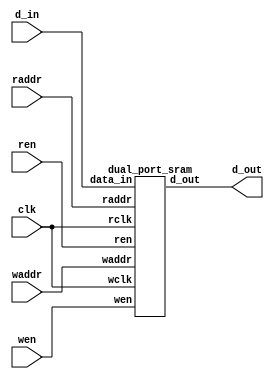
// This program was cloned from: https://github.com/lnis-uofu/OpenFPGA
// License: MIT License

module dpram (
	input clk,
	input wen,
	input ren,
	input[9:0] waddr,
	input[9:0] raddr,
	input[31:0] d_in,
	output[31:0] d_out );

		dual_port_sram memory_0 (
			.wclk		(clk),
			.wen		(wen),
			.waddr		(waddr),
			.data_in	(d_in),
			.rclk		(clk),
			.ren		(ren),
			.raddr		(raddr),
			.d_out		(d_out) );

endmodule

module dual_port_sram (
	input wclk,
	input wen,
	input[9:0] waddr,
	input[31:0] data_in,
	input rclk,
	input ren,
	input[9:0] raddr,
	output[31:0] d_out );

	reg[31:0] ram[1023:0];
	reg[31:0] internal;

	assign d_out = internal;

	always @(posedge wclk) begin
		if(wen) begin
			ram[waddr] <= data_in;
		end
	end

	always @(posedge rclk) begin
		if(ren) begin
			internal <= ram[raddr];
		end
	end

endmodule